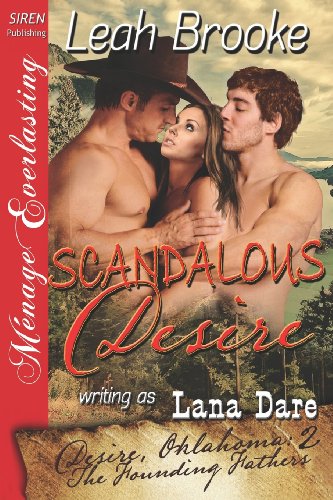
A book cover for Scandalous Desire [Desire, Oklahoma - The Founding Fathers 2] (Siren Publishing Menage Everlasting) (Desire, Oklahoma - the Founding Fathers - Siren Publishing Menage Everlasting); Lana Dare; Romance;